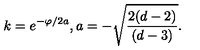
k = e ^ { - \varphi / 2 a } , a = - \sqrt { \frac { 2 ( d - 2 ) } { ( d - 3 ) } } .